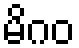
မိဂဝ